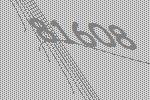
81608